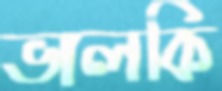
ভালকি